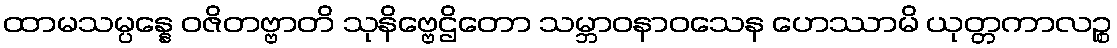
ထာမသမ္ပန္နေ ဝဇိတဗ္ဗာတိ သုနိဗ္ဗေဌိတော သမ္ဘာဝနာဝသေန ဟေဿာမိ ယုတ္တကာလဉ္စ